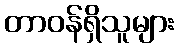
တာဝန်ရှိသူများ